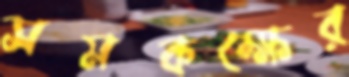
সমকক্ষের